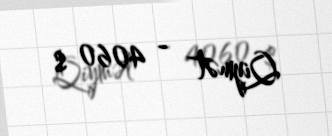
Qiymət - 4060 $